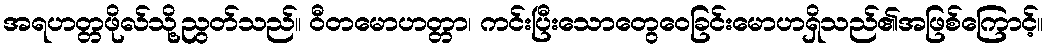
အရဟတ္တဖိုလ်သို့ညွတ်သည်။ ဝီတမောဟတ္တာ၊ ကင်းပြီးသောတွေဝေခြင်းမောဟရှိသည်၏အဖြစ်ကြောင့်။